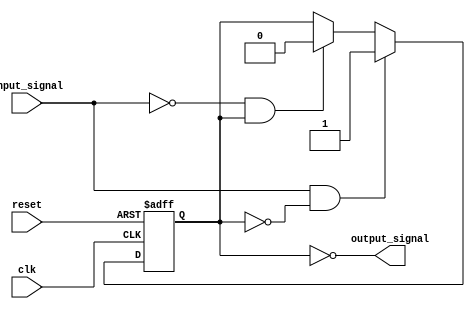
module Schmitt_trigger_inverter (
    input wire clk,
    input wire reset,
    input wire input_signal,
    output reg output_signal
);

parameter THRESHOLD_HIGH = 1'b1; // High threshold level
parameter THRESHOLD_LOW = 1'b0; // Low threshold level

reg state;

always @(posedge clk or posedge reset) begin
    if (reset) begin
        state <= THRESHOLD_HIGH;
    end else begin
        if (input_signal && !state) begin
            state <= THRESHOLD_HIGH;
        end else if (!input_signal && state) begin
            state <= THRESHOLD_LOW;
        end
    end
end

assign output_signal = ~state;

endmodule